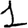
Digit: 1